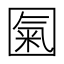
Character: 𡈏